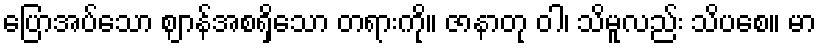
ပြောအပ်သော ဈာန်အစရှိသော တရားကို။ ဇာနာတု ဝါ၊ သိမူလည်း သိပစေ။ မာ